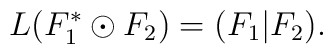
L(F_1^{*}\odot F_2)=(F_1|F_2).